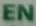
EN